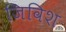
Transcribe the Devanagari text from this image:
जिविश